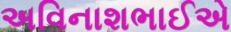
અવિનાશભાઈએ